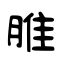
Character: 脽